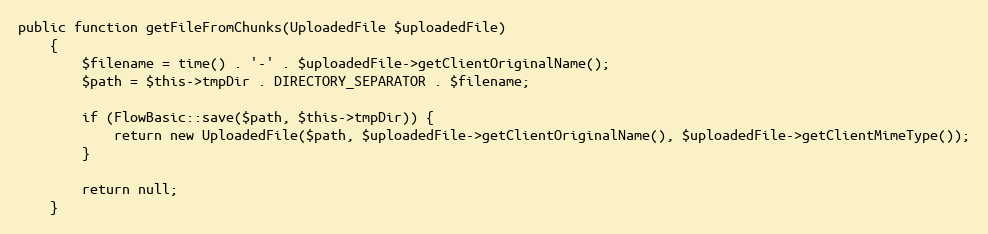
Language: PHP
public function getFileFromChunks(UploadedFile $uploadedFile)
    {
        $filename = time() . '-' . $uploadedFile->getClientOriginalName();
        $path = $this->tmpDir . DIRECTORY_SEPARATOR . $filename;

        if (FlowBasic::save($path, $this->tmpDir)) {
            return new UploadedFile($path, $uploadedFile->getClientOriginalName(), $uploadedFile->getClientMimeType());
        }

        return null;
    }